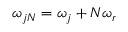
\omega _ { j N } = \omega _ { j } + N \omega _ { r }